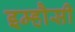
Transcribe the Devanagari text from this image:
इम्हौसी